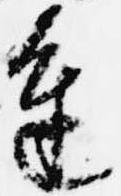
進